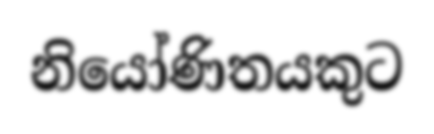
නියෝණිතයකුට